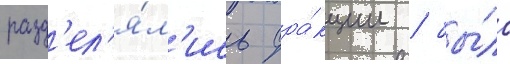
разд'ел'я́л'ись фра́кции / бы́ло